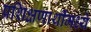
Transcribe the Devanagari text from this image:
प्रशिक्षणार्थीमध्ये